Civil Veterinary Dept. Bombay admin report 1907-1913 - 1907-1913
Year: 1907
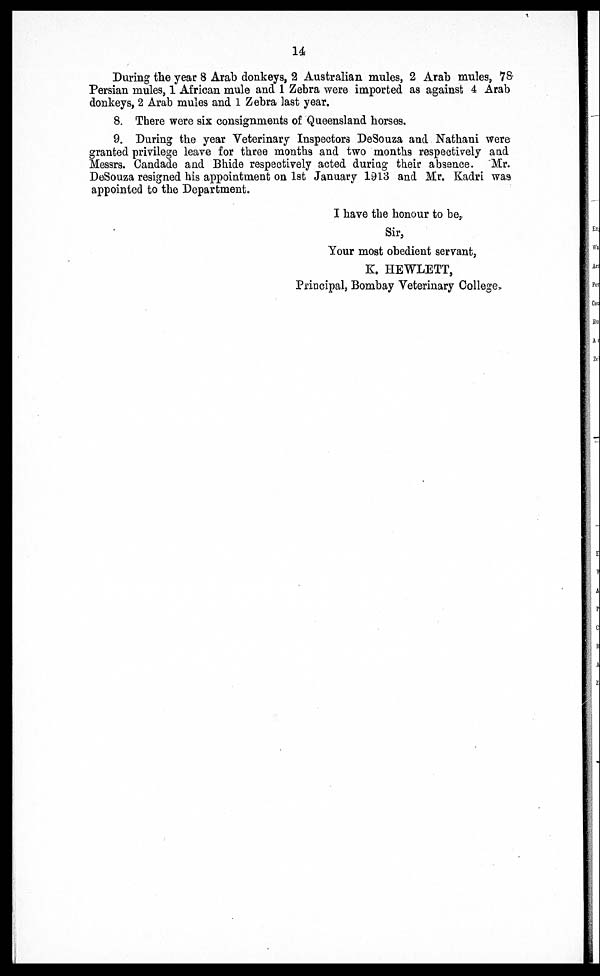
14
During the year 8 Arab donkeys, 2 Australian mules, 2 Arab mules, 78
Persian mules, 1 African mule and 1 Zebra were imported as against 4 Arab
donkeys, 2 Arab mules and 1 Zebra last year.
8. There were six consignments of Queensland horses.
9. During the year Veterinary Inspectors DeSouza and Nathani were
granted privilege leave for three months and two months respectively and
Messrs. Candade and Bhide respectively acted during their absence. Mr.
DeSouza resigned his appointment on 1st January 1913 and Mr. Kadri was
appointed to the Department.
I have the honour to be,
Sir,
Your most obedient servant,
K. HEWLETT,
Principal, Bombay Veterinary College.